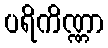
ပရိကိဏ္ဏာ